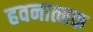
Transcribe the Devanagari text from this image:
हवनात्मक